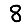
Digit: 8